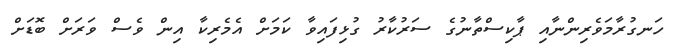
ހަނގުރާމަވެރިންނާއި ޕާކިސްތާނުގެ ސަރުކާރު ގުޅިފައިވާ ކަމަށް އެމެރިކާ އިން ވެސް ވަރަށް ބޮޑަށް